Indian journal of veterinary science and animal husbandry - Volumes 18-21, 1948-1951
Year: 1948
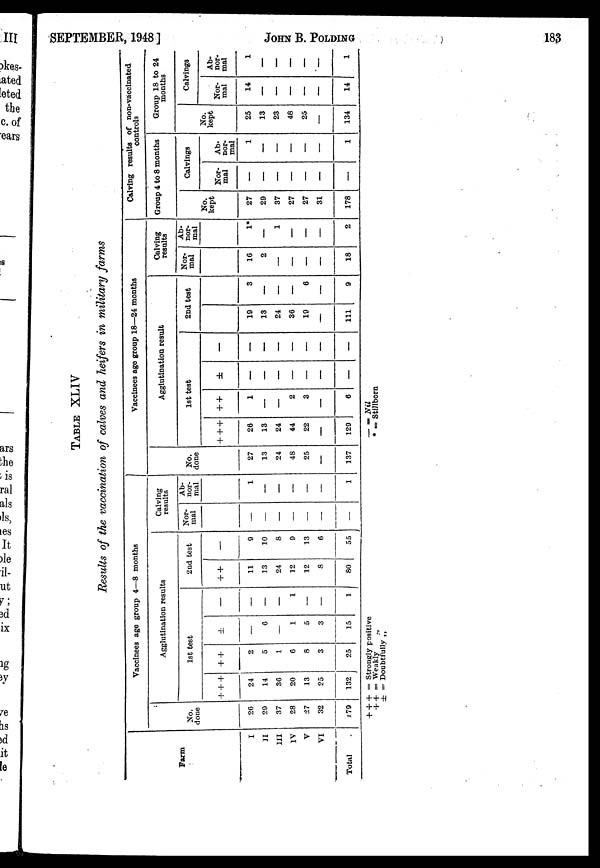
SEPTEMBER, 1948]
JOHN B. POLDING
183
TABLE XLIV
Results of the vaccination of calves and heifers in military farms
Farm
I
II
III
IV
V
VI
Total
Vaccinees age group 4—8 months
Agglutination results
No.
done
26
29
37
28
27
32
179
1st test
+++
24
14
36
20
13
25
132
++
2
5
1
6
8
3
25
±
—
6
—
1
5
3
15
—
—
—
—
1
—
—
1
2nd test
++
11
13
24
12
12
8
80
—
9
10
8
9
13
6
55
Calving
results
Nor-
mal
—
—
—
—
—
—
—
Ab-
nor-
mal
1
—
—
—
—
—
1
Vaccinees age group 18—24 months
Agglutination result
No.
done
27
13
24
48
25
—
137
1st test
+++
26
13
24
44
22
—
129
++
1
—
—
2
3
—
6
±
—
—
—
—
—
—
—
—
—
—
—
—
—
—
—
2nd test
19
13
24
36
19
—
111
3
—
—
—
6
—
9
Calving
results
Nor-
mal
16
2
—
—
—
—
18
Ab-
nor-
mal
1*
—
1
—
—
—
2
Calving results of non-vaccinated
controls
Group 4 to 8 months
Calving
No.
kept
27
29
37
27
27
—
178
Nor-
mal
—
—
—
—
—
—
—
Ab-
nor-
mal
1
—
—
—
—
—
1
Group 18 to 24
months
Calvings
No.
kept
25
13
23
48
25
—
134
Nor-
mal
14
—
—
—
—
—
14
Ab-
nor-
mal
1
—
—
—
—
—
1
+++ = Strongly positive
++ = Weakly
„
± = Doubtfully „
— = Nil
* = Stillborn